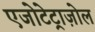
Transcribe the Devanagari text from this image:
एजोटेट्राज़ोल